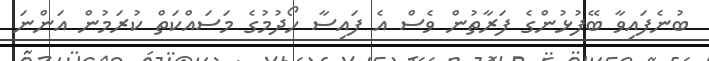
ބުނެފައިވާ ބޭފުޅުންގެ ފަރާތުން ވެސް އެ ފައިސާ ހޯދުމުގެ މަސައްކަތް ކުރަމުން އަންނަ